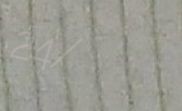
24/7